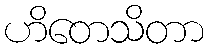
ဟိတေသိတာ